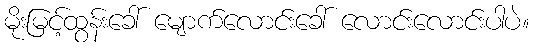
မိုးမြင့်ထွန်းခေါ် မျောက်လောင်းခေါ် လောင်းလောင်းပါပဲ။